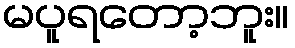
မပူရတော့ဘူး။